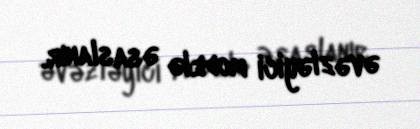
əvəzləyici modelə əsaslanır.